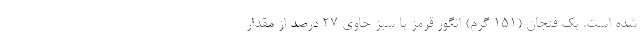
شده است. یک فنجان (151 گرم) انگور قرمز یا سبز حاوی 27 درصد از مقدار